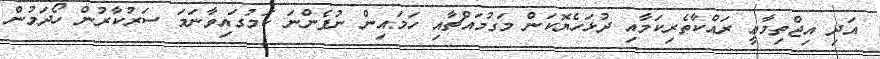
އަދި އިޖްތިމާޢީ ރައްކާތެރިކަމާއި ދުޅަހެޔޮކަން މަގުމަައްޗާއި ހަމައިން ނުފެންނަ ކަމުގައިވާނަމަ ސަރުކާރުން ހޯދަމުން